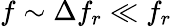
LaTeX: f\sim\Delta f_{r}\ll f_{r}